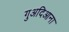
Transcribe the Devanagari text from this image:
गुअदिआना